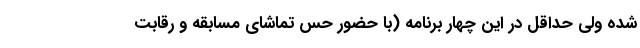
شده ولی حداقل در این چهار برنامه (با حضور حس تماشای مسابقه و رقابت